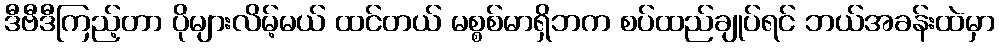
ဒီဗီဒီကြည့်တာ ပိုများလိမ့်မယ် ထင်တယ် မစ္စစ်မာရှိဘက စပ်ထည်ချုပ်ရင် ဘယ်အခန်းထဲမှာ